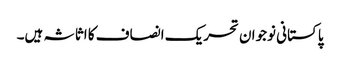
پاکستانی نوجوان تحریک انصاف کا اثاثہ ہیں۔